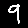
Digit: 9